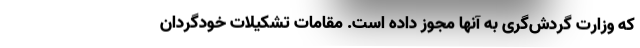
که وزارت گردش‌گری به آنها مجوز داده است. مقامات تشکیلات خودگردان